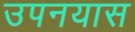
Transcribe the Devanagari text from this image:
उपनयास